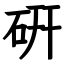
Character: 硏